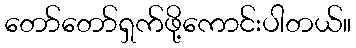
တော်တော်ရှက်ဖို့ကောင်းပါတယ်။